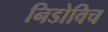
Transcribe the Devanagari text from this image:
निडोविच